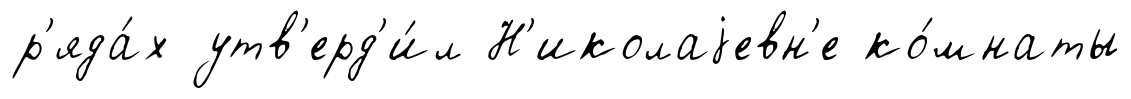
р'яда́х утв'ерд'и́л Н'иколаjевн'е ко́мнаты